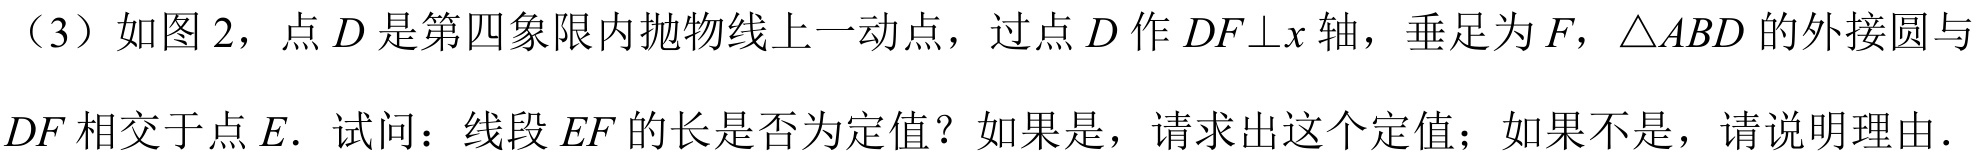
（3）如图 2，点 \(D\) 是第四象限内抛物线上一动点，过点 \(D\) 作 \(DF\bot x\) 轴，垂足为 \(F\)，\(\triangle ABD\) 的外接圆与 \(DF\) 相交于点 \(E\). 试问：线段 \(EF\) 的长是否为定值？如果是，请求出这个定值；如果不是，请说明理由.